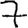
Digit: 7